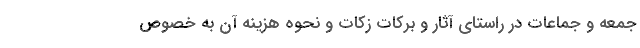
جمعه و جماعات در راستای آثار و برکات زکات و نحوه هزینه آن به خصوص